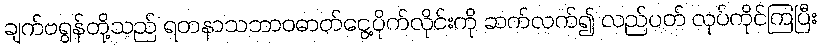
ချက်ဗရွန်တို့သည် ရတနာသဘာဝဓာတ်ငွေ့ပိုက်လိုင်းကို ဆက်လက်၍ လည်ပတ် လုပ်ကိုင်ကြပြီး